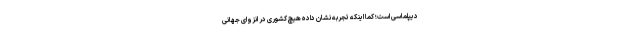
دیپلماسی است؛ کما اینکه تجربه نشان داده هیچ کشوری در انزوای جهانی